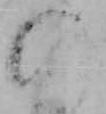
の